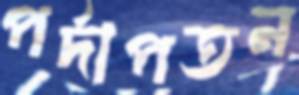
পর্দাপতন